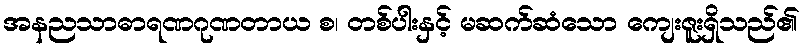
အနညသာဓာရဏဂုဏတာယ စ၊ တစ်ပါးနှင့် မဆက်ဆံသော ကျေးဇူးရှိသည်၏